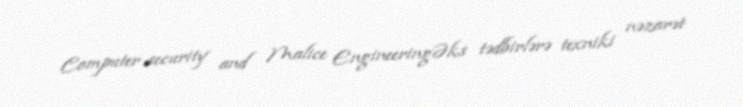
Computer security and Malice EngineeringƏks tədbirlərə texniki nəzarət